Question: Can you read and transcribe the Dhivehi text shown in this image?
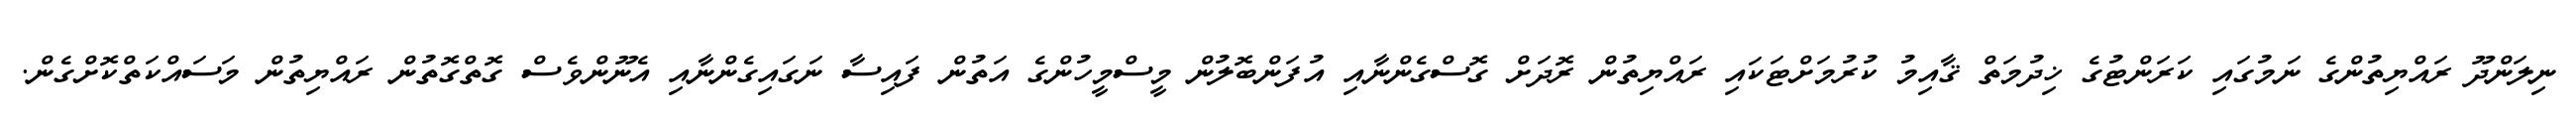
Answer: ނިލަންދޫ ރައްޔިތުންގެ ނަމުގައި ކަރަންޓުގެ ޚިދުމަތް ޤާއިމު ކުރުމަށްޓަކައި ރައްޔިތުން ރޮދަށް ގޮސްގެންނާއި އުފަންބޮލުން މީސްމީހުންގެ އަތުން ފައިސާ ނަގައިގެންނާއި އެނޫންވެސް ގޮތްގޮތުން ރައްޔިތުން މަސައްކަތްކޮށްގެން.